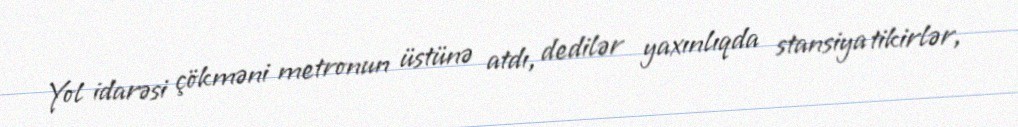
Yol idarəsi çökməni metronun üstünə atdı, dedilər yaxınlıqda stansiya tikirlər,